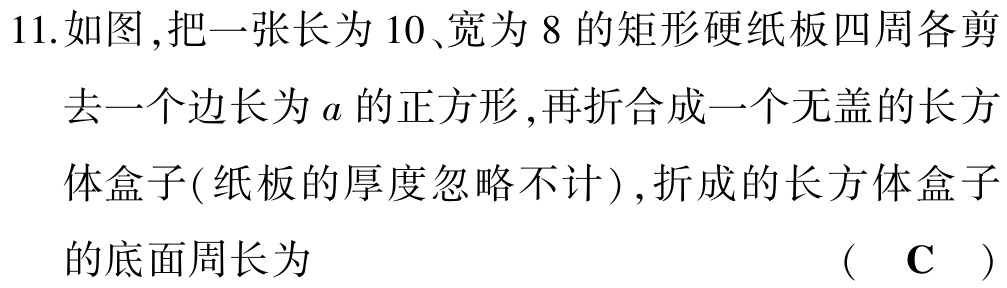
11.如图,把一张长为 10、宽为 8 的矩形硬纸板四周各剪

去一个边长为\(a\)的正方形,再折合成一个无盖的长方

体盒子(纸板的厚度忽略不计),折成的长方体盒子

的底面周长为  （ C ）